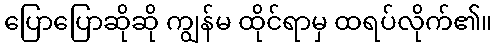
ပြောပြောဆိုဆို ကျွန်မ ထိုင်ရာမှ ထရပ်လိုက်၏။